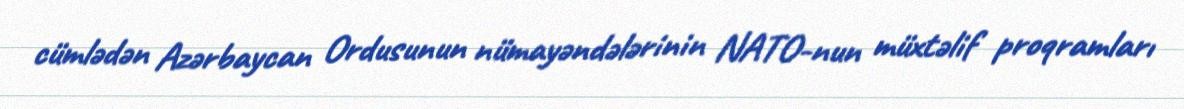
cümlədən Azərbaycan Ordusunun nümayəndələrinin NATO-nun müxtəlif proqramları